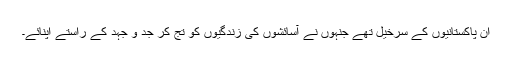
ان پاکستانیوں کے سرخیل تھے جنہوں نے آسائشوں کی زندگیوں کو تج کر جد و جہد کے راستے اپنائے۔